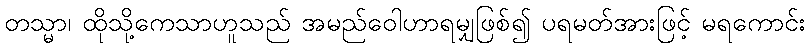
တသ္မာ၊ ထိုသို့ကေသာဟူသည် အမည်ဝေါဟာရမျှဖြစ်၍ ပရမတ်အားဖြင့် မရကောင်း